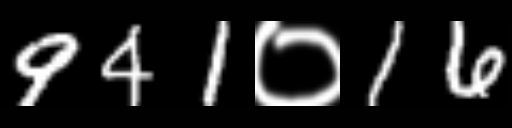
Text: 941०16